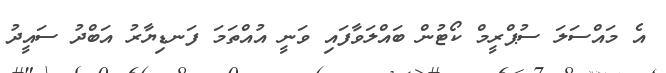
އެ މައްސަލަ ސުޕްރީމް ކޯޓުން ބައްލަވާފައި ވަނީ އުއްތަމަ ފަނޑިޔާރު އަބްދު ސައީދު